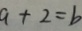
a + 2 = b